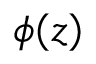
\phi ( z )